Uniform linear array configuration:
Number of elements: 32
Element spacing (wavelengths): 0.75
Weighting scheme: hamming
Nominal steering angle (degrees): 30
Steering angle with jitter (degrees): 28.467
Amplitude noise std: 0.05
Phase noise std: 0.05

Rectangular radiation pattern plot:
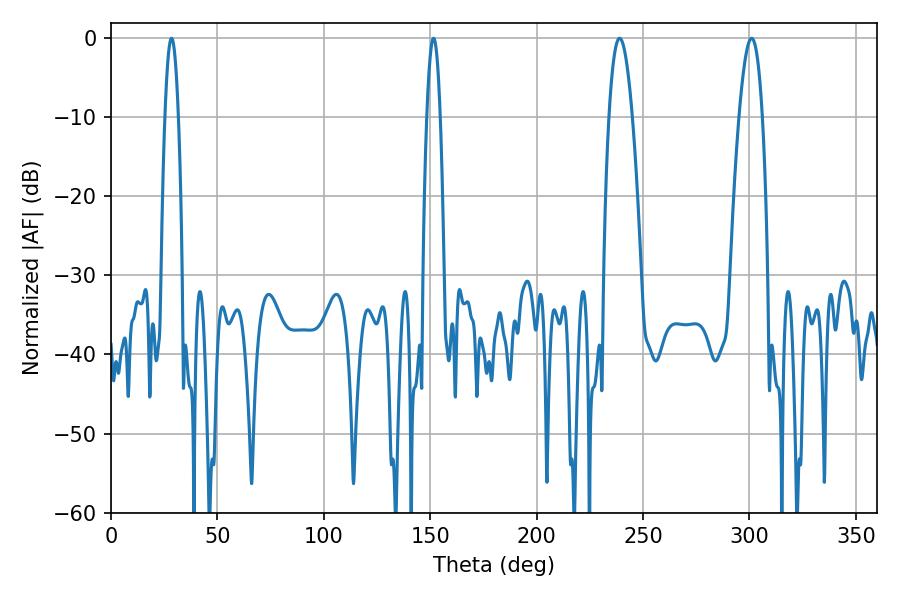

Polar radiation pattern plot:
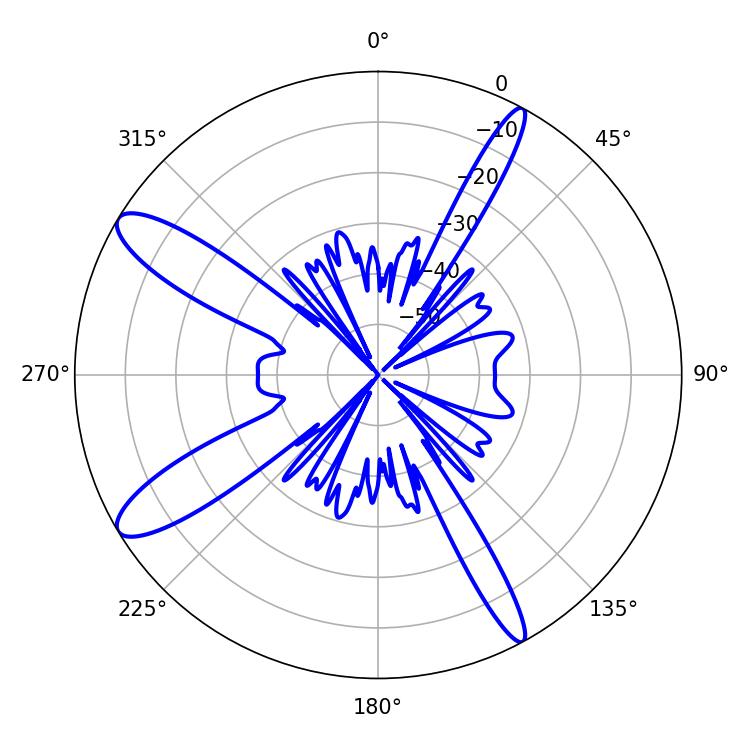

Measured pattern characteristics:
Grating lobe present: TRUE
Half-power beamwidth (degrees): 3.42
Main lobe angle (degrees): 28.44